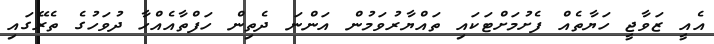
އެއީ ޒަވާޖީ ހަޔާތެއް ފެށުމަށްޓަކައި ތައްޔާރުވަމުން އަންނަ ދެތިން ހަފްތާއެއްހާ ދުވަހުގެ ތެރޭގައި